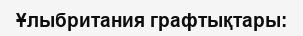
Ұлыбритания графтықтары: